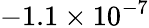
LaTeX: -1.1\times 10^{-7}